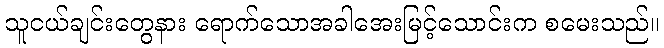
သူငယ်ချင်းတွေနား ရောက်သောအခါအေးမြင့်သောင်းက စမေးသည်။